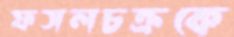
ফসলচক্রকে